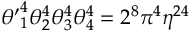
{ \theta ^ { \prime } } _ { 1 } ^ { 4 } \theta _ { 2 } ^ { 4 } \theta _ { 3 } ^ { 4 } \theta _ { 4 } ^ { 4 } = 2 ^ { 8 } \pi ^ { 4 } \eta ^ { 2 4 }